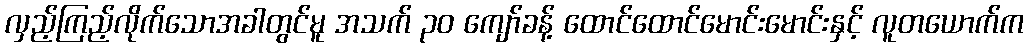
လှည့်ကြည့်လိုက်သောအခါတွင်မူ အသက် ၃၀ ကျော်ခန့် ထောင်ထောင်မောင်းမောင်းနှင့် လူတယောက်က